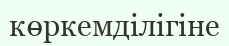
көркемділігіне